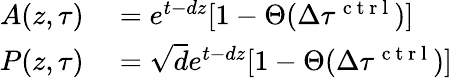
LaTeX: \begin{array}{rl}{A(z,\tau)}&{{}=e^{t-dz}[1-\Theta(\Delta\tau^{\mathrm{~c~t~r~l~}})]}\\ {P(z,\tau)}&{{}=\sqrt{d}e^{t-dz}[1-\Theta(\Delta\tau^{\mathrm{~c~t~r~l~}})]}\end{array}